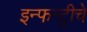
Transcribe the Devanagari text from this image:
इन्फन्ट्रीचे